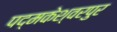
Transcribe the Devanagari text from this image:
पद्मकेश्वरपुर